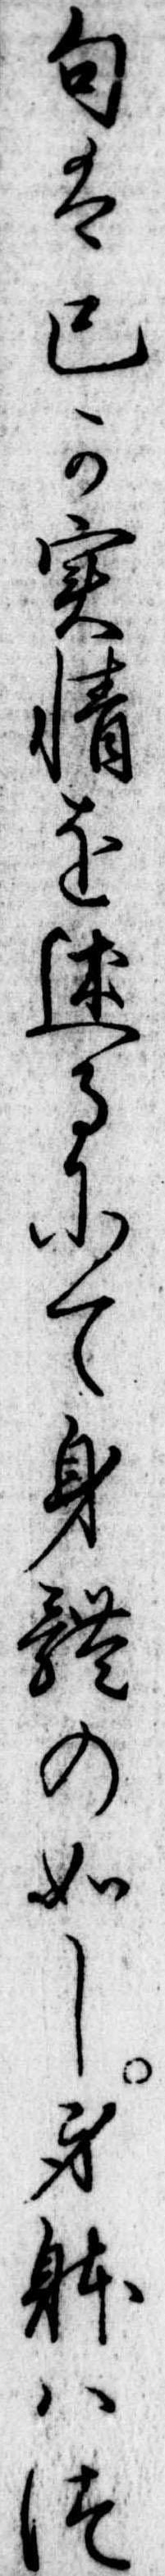
句は己か実情を述るにて身体の如し身体はつ